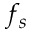
f _ { s }